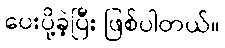
ပေးပို့ခဲ့ပြီး ဖြစ်ပါတယ်။